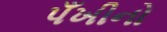
પઁખીનો